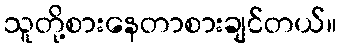
သူတို့စားနေတာစားချင်တယ်။